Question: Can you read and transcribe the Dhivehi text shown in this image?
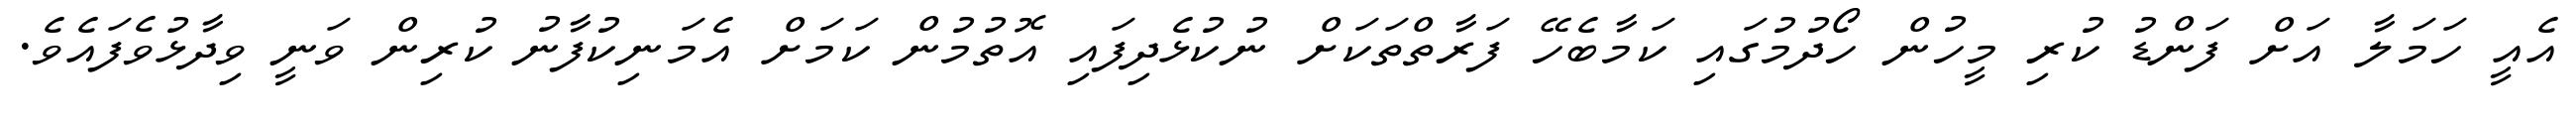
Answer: އެއީ ހަމަލާ އަށް ފަންޑު ކުރި މީހުން ހޯދުމުގައި ކަމާބެހޭ ފަރާތްތަކަށް ނުކުޅެދިފައި އޮތުމުން ކަމަށް އެމަނިކުފާނު ކުރިން ވަނީ ވިދާޅުވެފައެވެ.